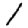
Digit: 1